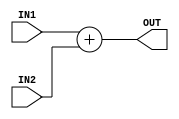
module s_add(
  IN1 ,
  IN2 ,
  OUT );

parameter INWL  = 8       ;
parameter OUTWL = INWL + 1;

input  signed [INWL -1:0] IN1, IN2;
output signed [OUTWL-1:0] OUT;

reg   signed [OUTWL-1:0] W_add;

always @ (IN1 or IN2) begin
  W_add = IN1 + IN2;
end

assign OUT = W_add;

endmodule

module s_mult(
  IN1 ,
  IN2 ,
  OUT );

parameter IN1WL  = 8       ;
parameter IN2WL  = 8       ;
parameter OUTWL  = IN1WL + IN2WL;


input signed [IN1WL -1:0] IN1;
input signed [IN2WL -1:0] IN2;
output signed [OUTWL-1:0] OUT;

reg   signed [OUTWL-1:0]  W_p;

always @ (IN1 or IN2) begin
  W_p = IN1 * IN2;
end

assign OUT = W_p;

endmodule